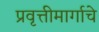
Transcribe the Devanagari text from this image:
प्रवृत्तीमार्गाचे